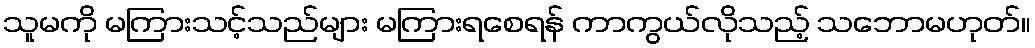
သူမကို မကြားသင့်သည်များ မကြားရစေရန် ကာကွယ်လိုသည့် သဘောမဟုတ်။